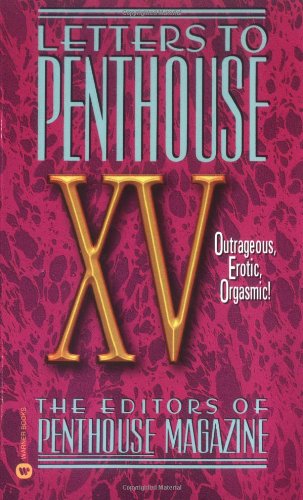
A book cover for Letters to Penthouse XV: Outrages Erotic Oragasmic (v. 15); Penthouse International; Literature & Fiction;